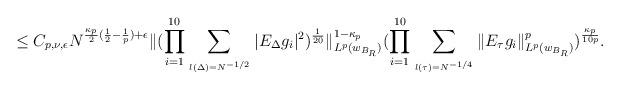
LaTeX: \begin{align*}\le C_{p,\nu,\epsilon}N^{\frac{\kappa_p}{2}(\frac12-\frac1p)+\epsilon}\|(\prod_{i=1}^{10}\sum_{\atop{l(\Delta)=N^{-1/2}}}|E_{\Delta}g_i|^2)^{\frac1{20}}\|_{L^{p}(w_{B_R})}^{1-\kappa_p}(\prod_{i=1}^{10}\sum_{\atop{l(\tau)=N^{-1/4}}}\|E_{\tau}g_i\|_{L^{p}(w_{B_R})}^p)^{\frac{\kappa_p}{10p}}.\end{align*}